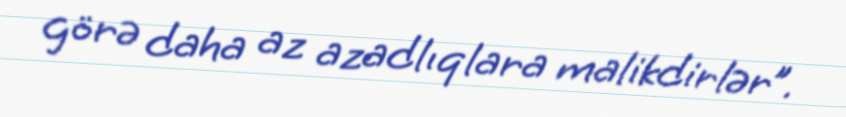
görə daha az azadlıqlara malikdirlər”.